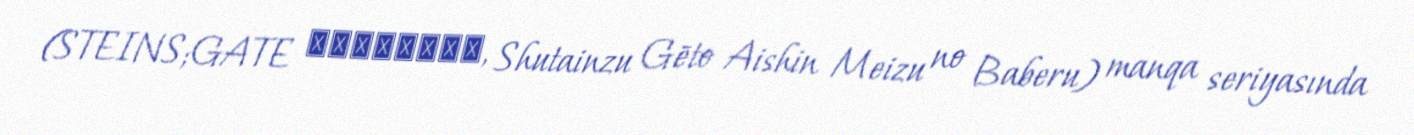
(STEINS;GATE 哀心迷図のバベル, Shutainzu Gēto Aishin Meizu no Baberu) manqa seriyasında